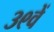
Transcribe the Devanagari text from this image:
३९वें